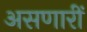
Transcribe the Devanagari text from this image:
असणारीं